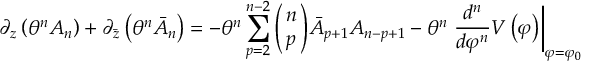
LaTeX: \partial _ { z } \left( \theta ^ { n } A _ { n } \right) + \partial _ { \bar { z } } \left( \theta ^ { n } \bar { A } _ { n } \right) = - \theta ^ { n } \sum _ { p = 2 } ^ { n - 2 } \left( \! \! \begin{array} { c } { { n } } \\ { { p } } \end{array} \! \! \right) \! \bar { A } _ { p + 1 } A _ { n - p + 1 } - \theta ^ { n } \left. \frac { d ^ { n } } { d \varphi ^ { n } } V \left( \varphi \right) \right| _ { \varphi = \varphi _ { 0 } }